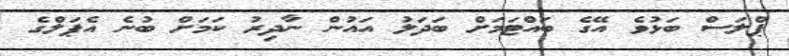
ޕްލަސް ބަޅުވެ އޭގެ ބައްޓަމަށް ބަދަލު އައުން ނާދިރު ކަމަށް ބުނެ އެޕަލްގެ